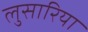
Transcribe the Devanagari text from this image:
लुसारिया